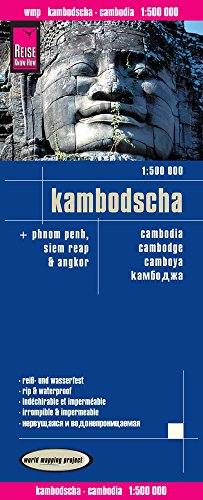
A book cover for Kambodscha = Cambodia = Cambodge = Camboya = Kambodzha; Reise Know-How Verlag; Travel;